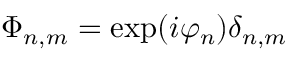
\Phi _ { n , m } = \exp ( i \varphi _ { n } ) \delta _ { n , m }